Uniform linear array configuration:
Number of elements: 4
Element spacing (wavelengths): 0.5
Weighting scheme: hann
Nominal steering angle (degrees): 15
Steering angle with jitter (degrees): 14.669
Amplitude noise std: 0.05
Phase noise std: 0.05

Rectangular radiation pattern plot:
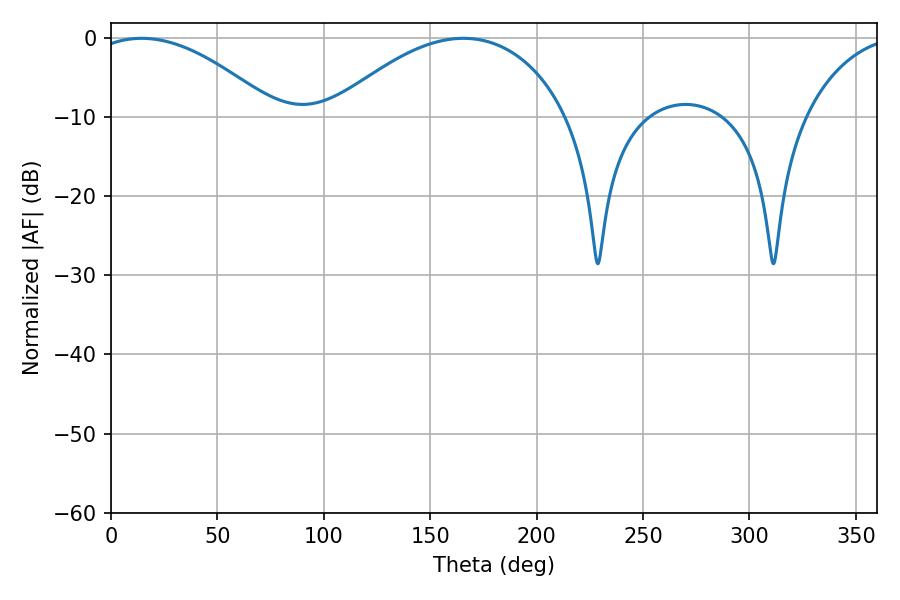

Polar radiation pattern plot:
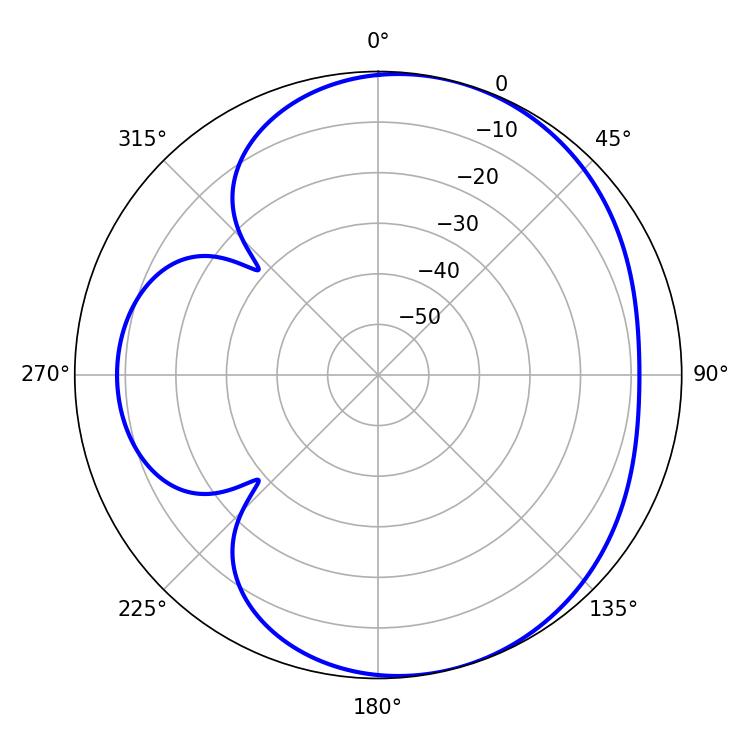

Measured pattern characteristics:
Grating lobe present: FALSE
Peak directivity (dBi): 5.031
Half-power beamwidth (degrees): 48.42
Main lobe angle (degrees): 14.4